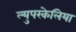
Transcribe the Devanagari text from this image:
ल्युपरकेलिया